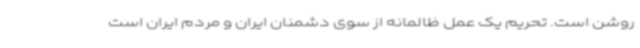
روشن است. تحریم یک عمل ظالمانه از سوی دشمنان ایران و مردم ایران است